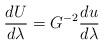
LaTeX: \begin{align*}{{dU} \over {d\lambda}} = G^{-2} {{du} \over {d\lambda}}\end{align*}